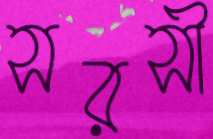
সরসী